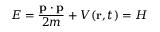
E = { \frac { \mathbf { p } \cdot \mathbf { p } } { 2 m } } + V ( \mathbf { r } , t ) = H